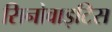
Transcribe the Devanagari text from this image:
सिनोवाइटिस